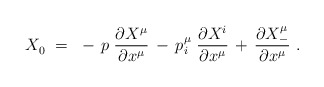
\begin{align*} X_0^{}~ =~- \, p \; \frac{\partial X_{}^\mu}{\partial x_{}^\mu} \, - \, p\>\!_i^\mu \; \frac{\partial X_{}^i}{\partial x^\mu} \, + \, \frac{\partial X_-^\mu}{\partial x^\mu}~. \end{align*}